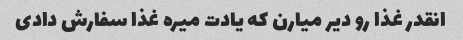
انقدر غذا رو دیر میارن که یادت میره غذا سفارش دادی